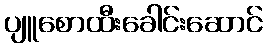
ပျူစောထီးခေါင်းဆောင်